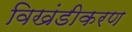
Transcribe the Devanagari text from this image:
विखंडीकरण